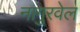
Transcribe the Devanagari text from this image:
नागुरवेल